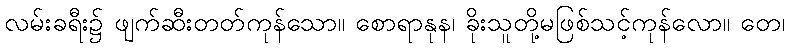
လမ်းခရီး၌ ဖျက်ဆီးတတ်ကုန်သော။ စောရာနုန၊ ခိုးသူတို့မဖြစ်သင့်ကုန်လော။ တေ၊